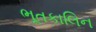
ભૂતકાલિન